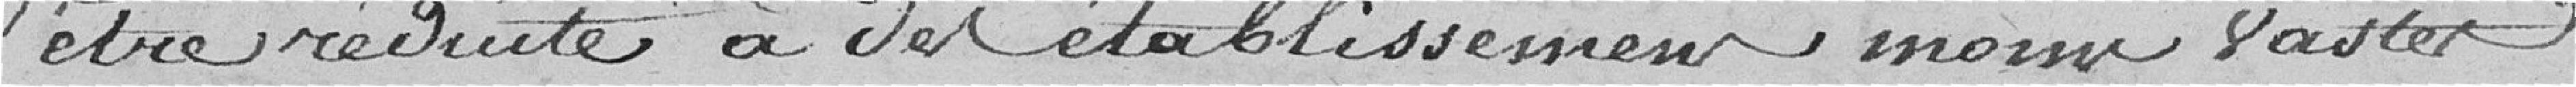
être réduite à des établissements moins vastes